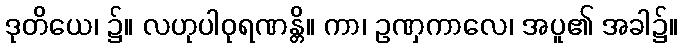
ဒုတိယေ၊ ၌။ လဟုပါဝုရဏန္တိ။ ကာ၊ ဥဏှကာလေ၊ အပူ၏ အခါ၌။